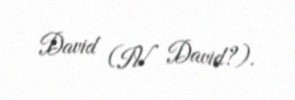
David (IV David?).